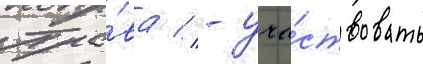
Пра́ва // - уча́ствовать